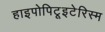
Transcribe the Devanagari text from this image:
हाइपोपिटूइटेरिस्म